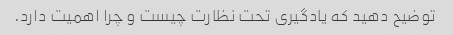
توضیح دهید که یادگیری تحت نظارت چیست و چرا اهمیت دارد.